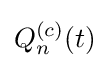
Q_{n}^{(c)}(t)